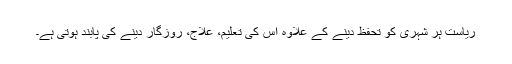
ریاست ہر شہری کو تحفظ دینے کے علاوہ اس کی تعلیم، علاج، روزگار دینے کی پابند ہوتی ہے۔